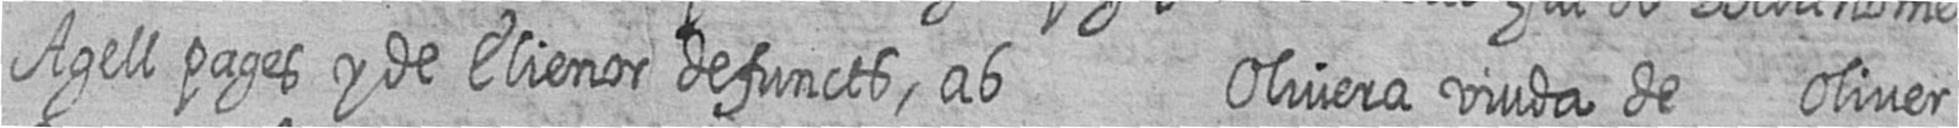
Agell pages y de Elienor defuncts ab Olivera viuda de Oliver